Children and Young Persons (Scotland) Act, 1932. Care and training of juveniles, 1932
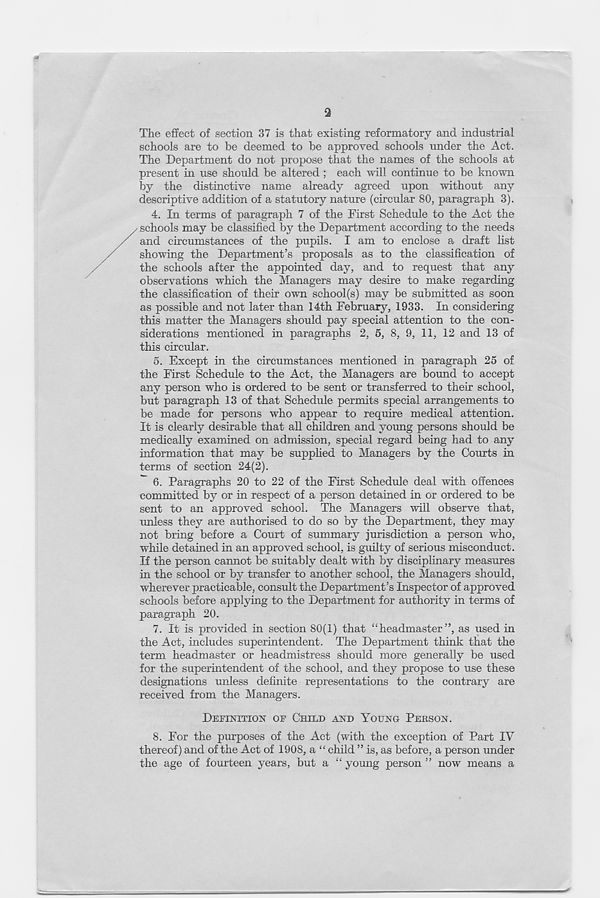
The effect of section 37 is that existing reformatory and industrial
schools are to be deemed to be approved schools under the Act.
The Department do not propose that the names of the schools at
present in use should be altered ; each will continue to he known
by the distinctive name already agreed upon without any
descriptive addition of a statutory nature (circular 80, paragraph 3).
4. In terms of paragraph 7 of the First Schedule to the Act the
schools may be classified by the Department according to the needs
and circumstances of the pupils. I am to enclose a draft list
showing the Department’s proposals as to the classification of
the schools after the appointed day, and to request that any
observations which the Managers may desire to make regarding
the classification of their own school(s) may be submitted as soon
as possible and not later than 14th February, 1933. In considering
this matter the Managers should pay special attention to the con-
siderations mentioned in paragraphs 2, 5, 8, 9, 11, 12 and 13 of
this circular.
5. Except in the circumstances mentioned in paragraph 25 of
the First Schedule to the Act, the Managers are bound to accept
any person who is ordered to be sent or transferred to their school,
but paragraph 13 of that Schedule permits special arrangements to
be made for persons who appear to require medical attention.
It is clearly desirable that all children and young persons should be
medically examined on admission, special regard being had to any
information that may be supplied to Managers by the Courts in
terms of section 24(2).
6. Paragraphs 20 to 22 of the First Schedule deal with offences
committed by or in respect of a person detained in or ordered to be
sent to an approved school. The Managers will observe that,
unless they are authorised to do so by the Department, they may
not bring before a Court of summary jurisdiction a person who,
while detained in an approved school, is guilty of serious misconduct.
If the person cannot be suitably dealt with by disciplinary measures
in the school or by transfer to another school, the Managers should,
wherever practicable, consult the Department’s Inspector of approved
schools before applying to the Department for authority in terms of
paragraph 20.
7. It is provided in section 80(1) that “headmaster”, as used in
the Act, includes superintendent. The Department think that the
term headmaster or headmistress should more generally be used
for the superintendent of the school, and they propose to use these
designations unless definite representations to the contrary are
received from the Managers.
DEFINITION OF CHILD AND YOUNG PERSON.
8. For the purposes of the Act (with the exception of Part IV
thereof) and of the Act of 1908, a “ child ” is, as before, a person under
the age of fourteen years, but a “ young person ” now means a